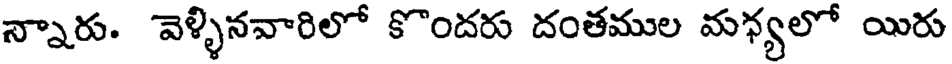
న్నారు. వెళ్ళినవారిలో కొందరు దంతముల మధ్యలో యిరు